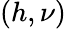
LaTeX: (h,\nu)